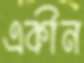
একীন